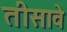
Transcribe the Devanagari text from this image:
तीसावे